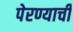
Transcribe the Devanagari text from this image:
पेरण्याची